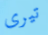
تيرى